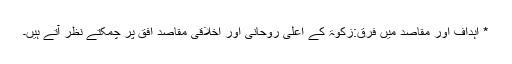
* اہداف اور مقاصد میں فرق:زکوٰۃ کے اعلیٰ روحانی اور اخلاقی مقاصد اُفق پر چمکتے نظر آتے ہیں۔